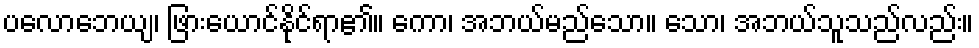
ပလောဘေယျ၊ ဖြားယောင်နိုင်ရာ၏။ ကော၊ အဘယ်မည်သော။ သော၊ အဘယ်သူသည်လည်း။